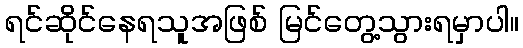
ရင်ဆိုင်နေရသူအဖြစ် မြင်တွေ့သွားရမှာပါ။